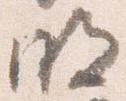
明